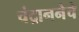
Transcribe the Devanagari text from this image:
चंद्राननेचे